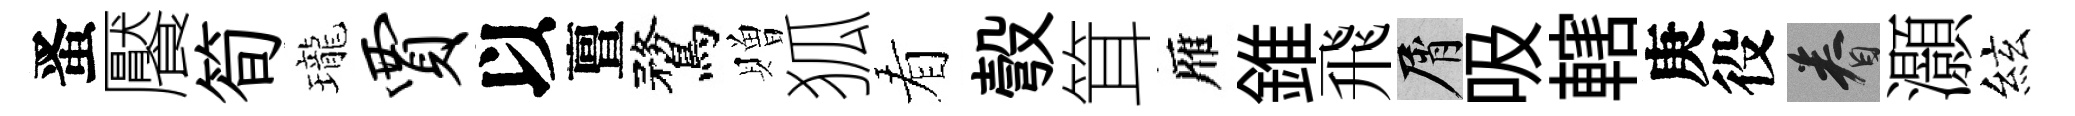
󱉠饜筍瓏贾以亶鶩贈狐看彀䇯雁錐飛屑吸轄庚役眷灝絃